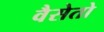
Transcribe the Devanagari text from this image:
वैसेतो